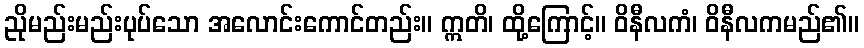
ညိုမည်းမည်းပုပ်သော အလောင်းကောင်တည်း။ ဣတိ၊ ထို့ကြောင့်။ ဝိနီလကံ၊ ဝိနီလကမည်၏။